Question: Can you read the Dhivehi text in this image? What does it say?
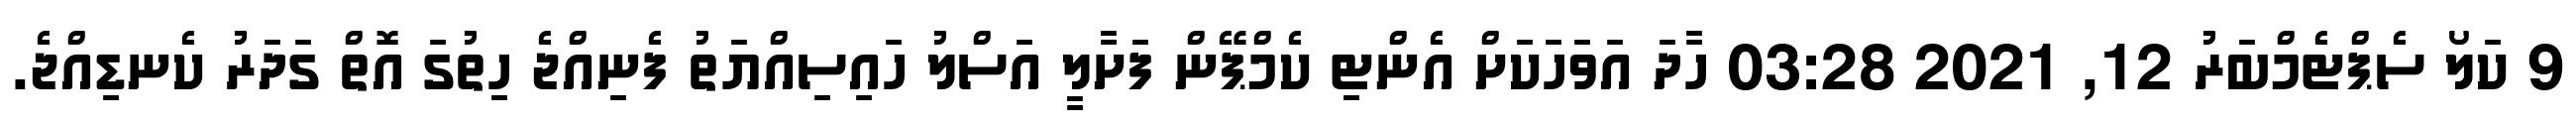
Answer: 9 ކަލޯ ސެޕްޓެމްބަރު 12, 2021 03:28 ހާދަ އަވަހަކަށް އެންޓި ކެމްޕޭން ފަށާލީ އަސްލު ހައިސިއްޔަތު ފެނިއްޖެ ހިތުގަ އޮތް ގަދަރު ކެނޑިއްޖެ.